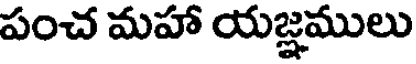
పంచ మహా యజ్ఞములు